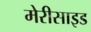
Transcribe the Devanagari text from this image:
मेरीसाइड